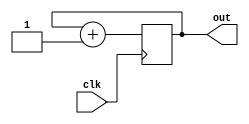
`timescale 1ns / 1ps
//////////////////////////////////////////////////////////////////////////////////
// Company: 
// Engineer: 
// 
// Design Name: 
// Module Name: counter
// Project Name: 
// Target Devices: 
// Tool Versions: 
// Description: 
// 
// Dependencies: 
// 
// Revision:
// Revision 0.01 - File Created
// Additional Comments:
// 
//////////////////////////////////////////////////////////////////////////////////


module counter(
    input clk,
    output reg [1:0] out
    );
    always@(posedge clk) begin
        out = out + 1;
    end
endmodule